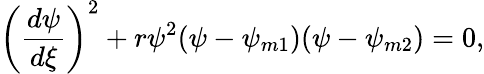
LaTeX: \left(\frac{d\psi}{d\xi}\right)^{2}+r\psi^{2}(\psi-\psi_{m1})(\psi-\psi_{m2})=0,